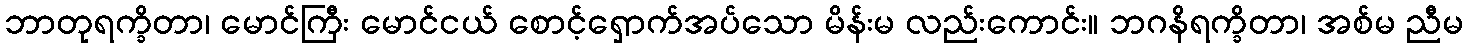
ဘာတုရက္ခိတာ၊ မောင်ကြီး မောင်ငယ် စောင့်ရှောက်အပ်သော မိန်းမ လည်းကောင်း။ ဘဂနိရက္ခိတာ၊ အစ်မ ညီမ